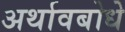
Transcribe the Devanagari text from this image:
अर्थावबोधे